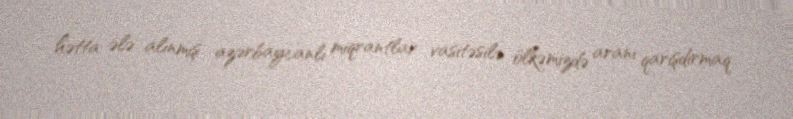
hətta ələ alınmış azərbaycanlı miqrantlar vasitəsilə ölkəmizdə aranı qarışdırmaq